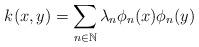
LaTeX: \begin{align*}k(x,y) = \sum_{n\in\mathbb{N}} \lambda_n\phi_n(x)\phi_n(y)\end{align*}